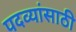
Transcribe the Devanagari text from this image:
पदव्यांसाठी